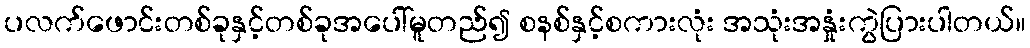
ပလက်ဖောင်းတစ်ခုနှင့်တစ်ခုအပေါ်မူတည်၍ စနစ်နှင့်စကားလုံး အသုံးအနှုံးကွဲပြားပါတယ်။